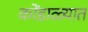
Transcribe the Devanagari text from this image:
कोंडाळ्यात